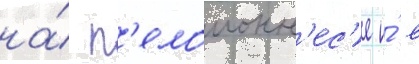
на́ п'елопонн'ес'е и́ в